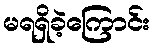
မရရှိခဲ့ကြောင်း